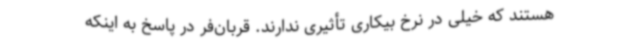
هستند که خیلی در نرخ بیکاری تأثیری ندارند. قربان‌فر در پاسخ به اینکه